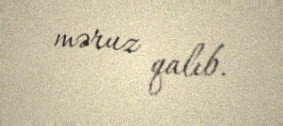
məruz qalıb.